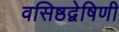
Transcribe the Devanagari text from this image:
वसिष्ठद्वेषिणी